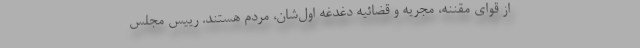
از قوای مقننه، مجریه و قضائیه دغدغه اول‌شان، مردم هستند. رییس مجلس